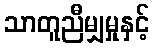
သာတူညီမျှမှုနှင့်